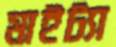
মাইট্যা